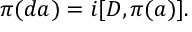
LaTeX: \pi ( d a ) = i [ D , \pi ( a ) ] .